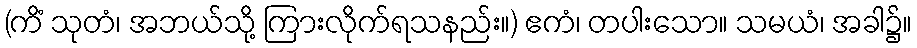
(ကိံ သုတံ၊ အဘယ်သို့ ကြားလိုက်ရသနည်း။) ဧကံ၊ တပါးသော။ သမယံ၊ အခါ၌။